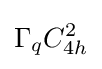
\Gamma _{q}C_{4h}^{2}